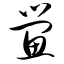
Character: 鲎